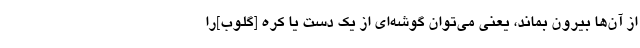
از آن‌ها بیرون بماند، یعنی می‌توان گوشه‌ای از یک دست یا کره [گلوب]را